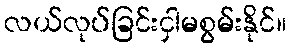
လယ်လုပ်ခြင်းငှါမစွမ်းနိုင်။